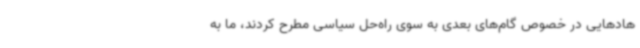
هادهایی در خصوص گام‌های بعدی به سوی راه‌حل سیاسی مطرح کردند، ما به